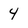
Character: 4